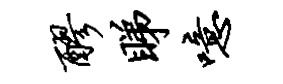
醪睇噫